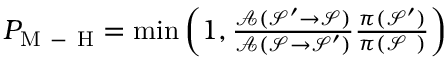
\begin{array} { r } { P _ { \mathrm { M \mathrm { ~ - ~ } H } } = \operatorname* { m i n } \left( 1 , \frac { \mathcal { A } ( \mathcal { S } ^ { \prime } \rightarrow \mathcal { S } ) } { \mathcal { A } ( \mathcal { S } \rightarrow \mathcal { S } ^ { \prime } ) } \frac { \pi ( \mathcal { S } ^ { \prime } ) } { \pi ( \mathcal { S } ~ ) } \right) } \end{array}